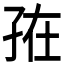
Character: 𭓁